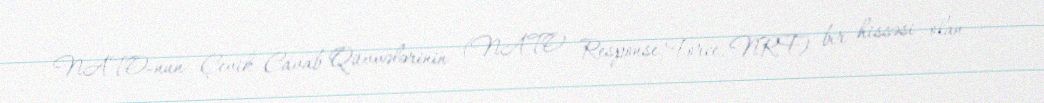
NATO-nun Çevik Cavab Qüvvələrinin (NATO Response Force, NRF) bir hissəsi olan